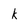
Character: k